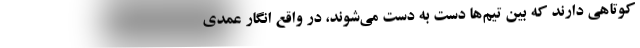
کوتاهی دارند که بین تیم‌ها دست به دست می‌شوند، در واقع انگار عمدی